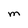
Character: M